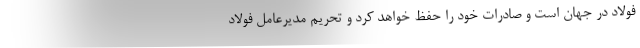
فولاد در جهان است و صادرات خود را حفظ خواهد کرد و تحریم مدیرعامل فولاد